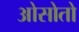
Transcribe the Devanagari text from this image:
ओसोतो